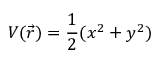
V ( \vec { r } ) = \frac { 1 } { 2 } ( x ^ { 2 } + y ^ { 2 } )